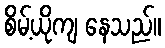
စိမ့်ယိုကျ နေသည်။